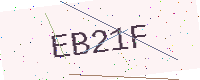
Text: EB21F